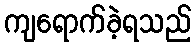
ကျရောက်ခဲ့ရသည်